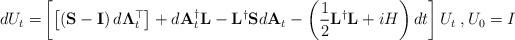
\begin{align*}dU_t = & \left[\left[\left(\mathbf{S} - \mathbf{I}\right)d\mathbf{\Lambda}^\top_t\right] + d\mathbf{A}^{\dagger}_t \mathbf{L} - \mathbf{L}^{\dagger}\mathbf{S} d\mathbf{A}_t - \left(\dfrac{1}{2}\mathbf{L}^{\dagger}\mathbf{L}+iH\right)dt\right]U_t \;, U_0 = I\end{align*}